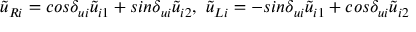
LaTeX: \tilde { u } _ { R i } = c o s \delta _ { u i } \tilde { u } _ { i 1 } + s i n \delta _ { u i } \tilde { u } _ { i 2 } , ~ \tilde { u } _ { L i } = - s i n \delta _ { u i } \tilde { u } _ { i 1 } + c o s \delta _ { u i } \tilde { u } _ { i 2 }